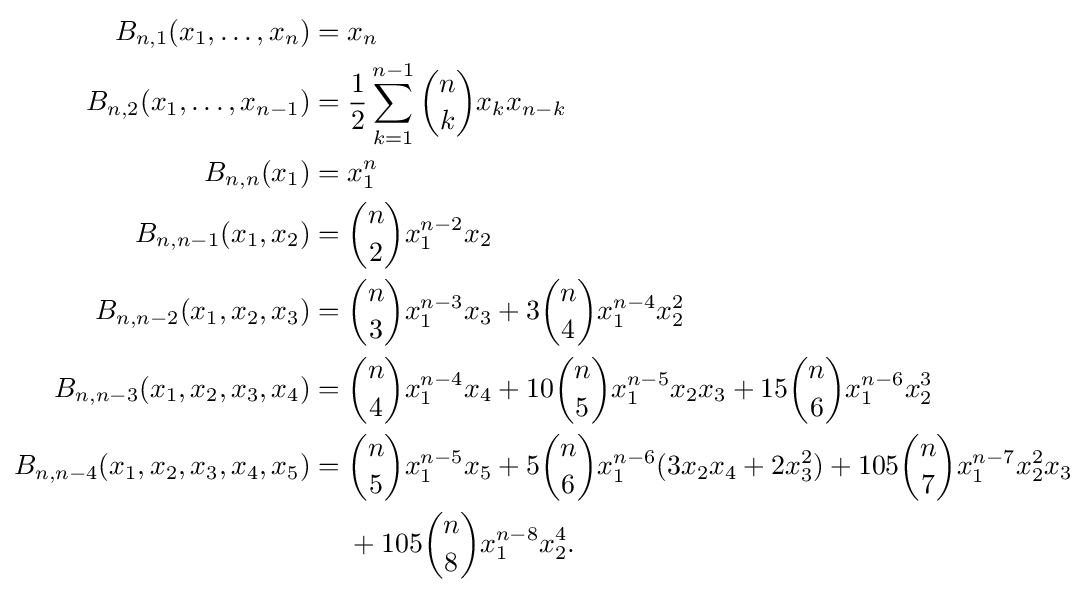
{\begin{aligned}B_{n,1}(x_{1},\ldots ,x_{n})={}&x_{n}\\B_{n,2}(x_{1},\ldots ,x_{n-1})={}&{\frac {1}{2}}\sum _{k=1}^{n-1}{\binom {n}{k}}x_{k}x_{n-k}\\B_{n,n}(x_{1})={}&x_{1}^{n}\\B_{n,n-1}(x_{1},x_{2})={}&{\binom {n}{2}}x_{1}^{n-2}x_{2}\\B_{n,n-2}(x_{1},x_{2},x_{3})={}&{\binom {n}{3}}x_{1}^{n-3}x_{3}+3{\binom {n}{4}}x_{1}^{n-4}x_{2}^{2}\\B_{n,n-3}(x_{1},x_{2},x_{3},x_{4})={}&{\binom {n}{4}}x_{1}^{n-4}x_{4}+10{\binom {n}{5}}x_{1}^{n-5}x_{2}x_{3}+15{\binom {n}{6}}x_{1}^{n-6}x_{2}^{3}\\B_{n,n-4}(x_{1},x_{2},x_{3},x_{4},x_{5})={}&{\binom {n}{5}}x_{1}^{n-5}x_{5}+5{\binom {n}{6}}x_{1}^{n-6}(3x_{2}x_{4}+2x_{3}^{2})+105{\binom {n}{7}}x_{1}^{n-7}x_{2}^{2}x_{3}\\&+105{\binom {n}{8}}x_{1}^{n-8}x_{2}^{4}.\end{aligned}}